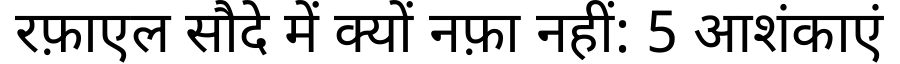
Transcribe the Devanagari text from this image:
रफ़ाएल सौदे में क्यों नफ़ा नहीं: 5 आशंकाएं